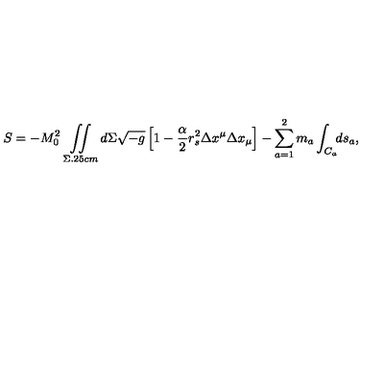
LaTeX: S = - M _ { 0 } ^ { 2 } \mathop { \int \! \! \! \int } _ { \Sigma \hspace * { 0 . 2 5 c m } } d \Sigma \sqrt { - g } \left[ 1 - \frac { \alpha } { 2 } r _ { s } ^ { 2 } \Delta x ^ { \mu } \Delta x _ { \mu } \right] - \sum _ { a = 1 } ^ { 2 } m _ { a } \int _ { C _ { a } } ^ { } \! \! d s _ { a } { , }